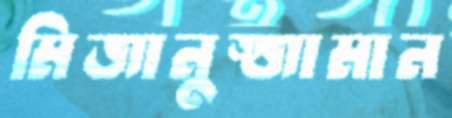
মিজানুজ্জামান